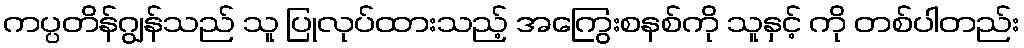
ကပ္ပတိန်ဂျွန်သည် သူ ပြုလုပ်ထားသည့် အကြွေးစနစ်ကို သူနှင့် ကို တစ်ပါတည်း